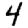
Digit: 4